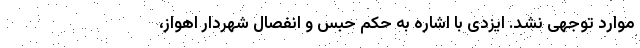
موارد توجهی نشد. ایزدی با اشاره به حکم حبس و انفصال شهردار اهواز،